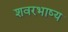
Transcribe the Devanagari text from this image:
शवरभाष्य